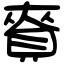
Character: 𧶘